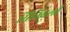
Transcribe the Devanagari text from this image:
सिनिवली